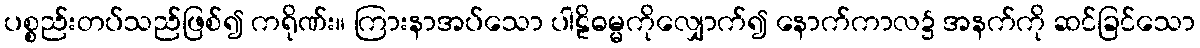
ပစ္စည်းတပ်သည်ဖြစ်၍ ကရိုဏ်း။ ကြားနာအပ်သော ပါဠိဓမ္မကိုလျှောက်၍ နောက်ကာလ၌ အနက်ကို ဆင်ခြင်သော